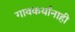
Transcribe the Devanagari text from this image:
गावकर्यांनाही